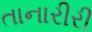
તાનારીરી